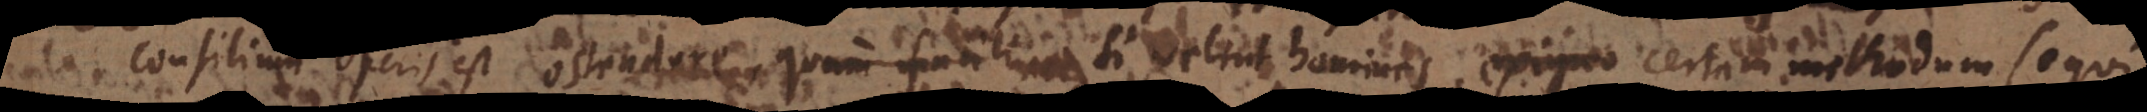
Consilium operis est ostendere, quam facili si velint homines, certam methodum sequi